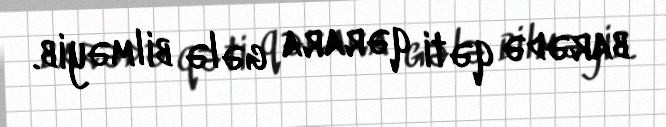
barədə qəti qərara gələ bilməyib.